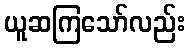
ယူဆကြသော်လည်း